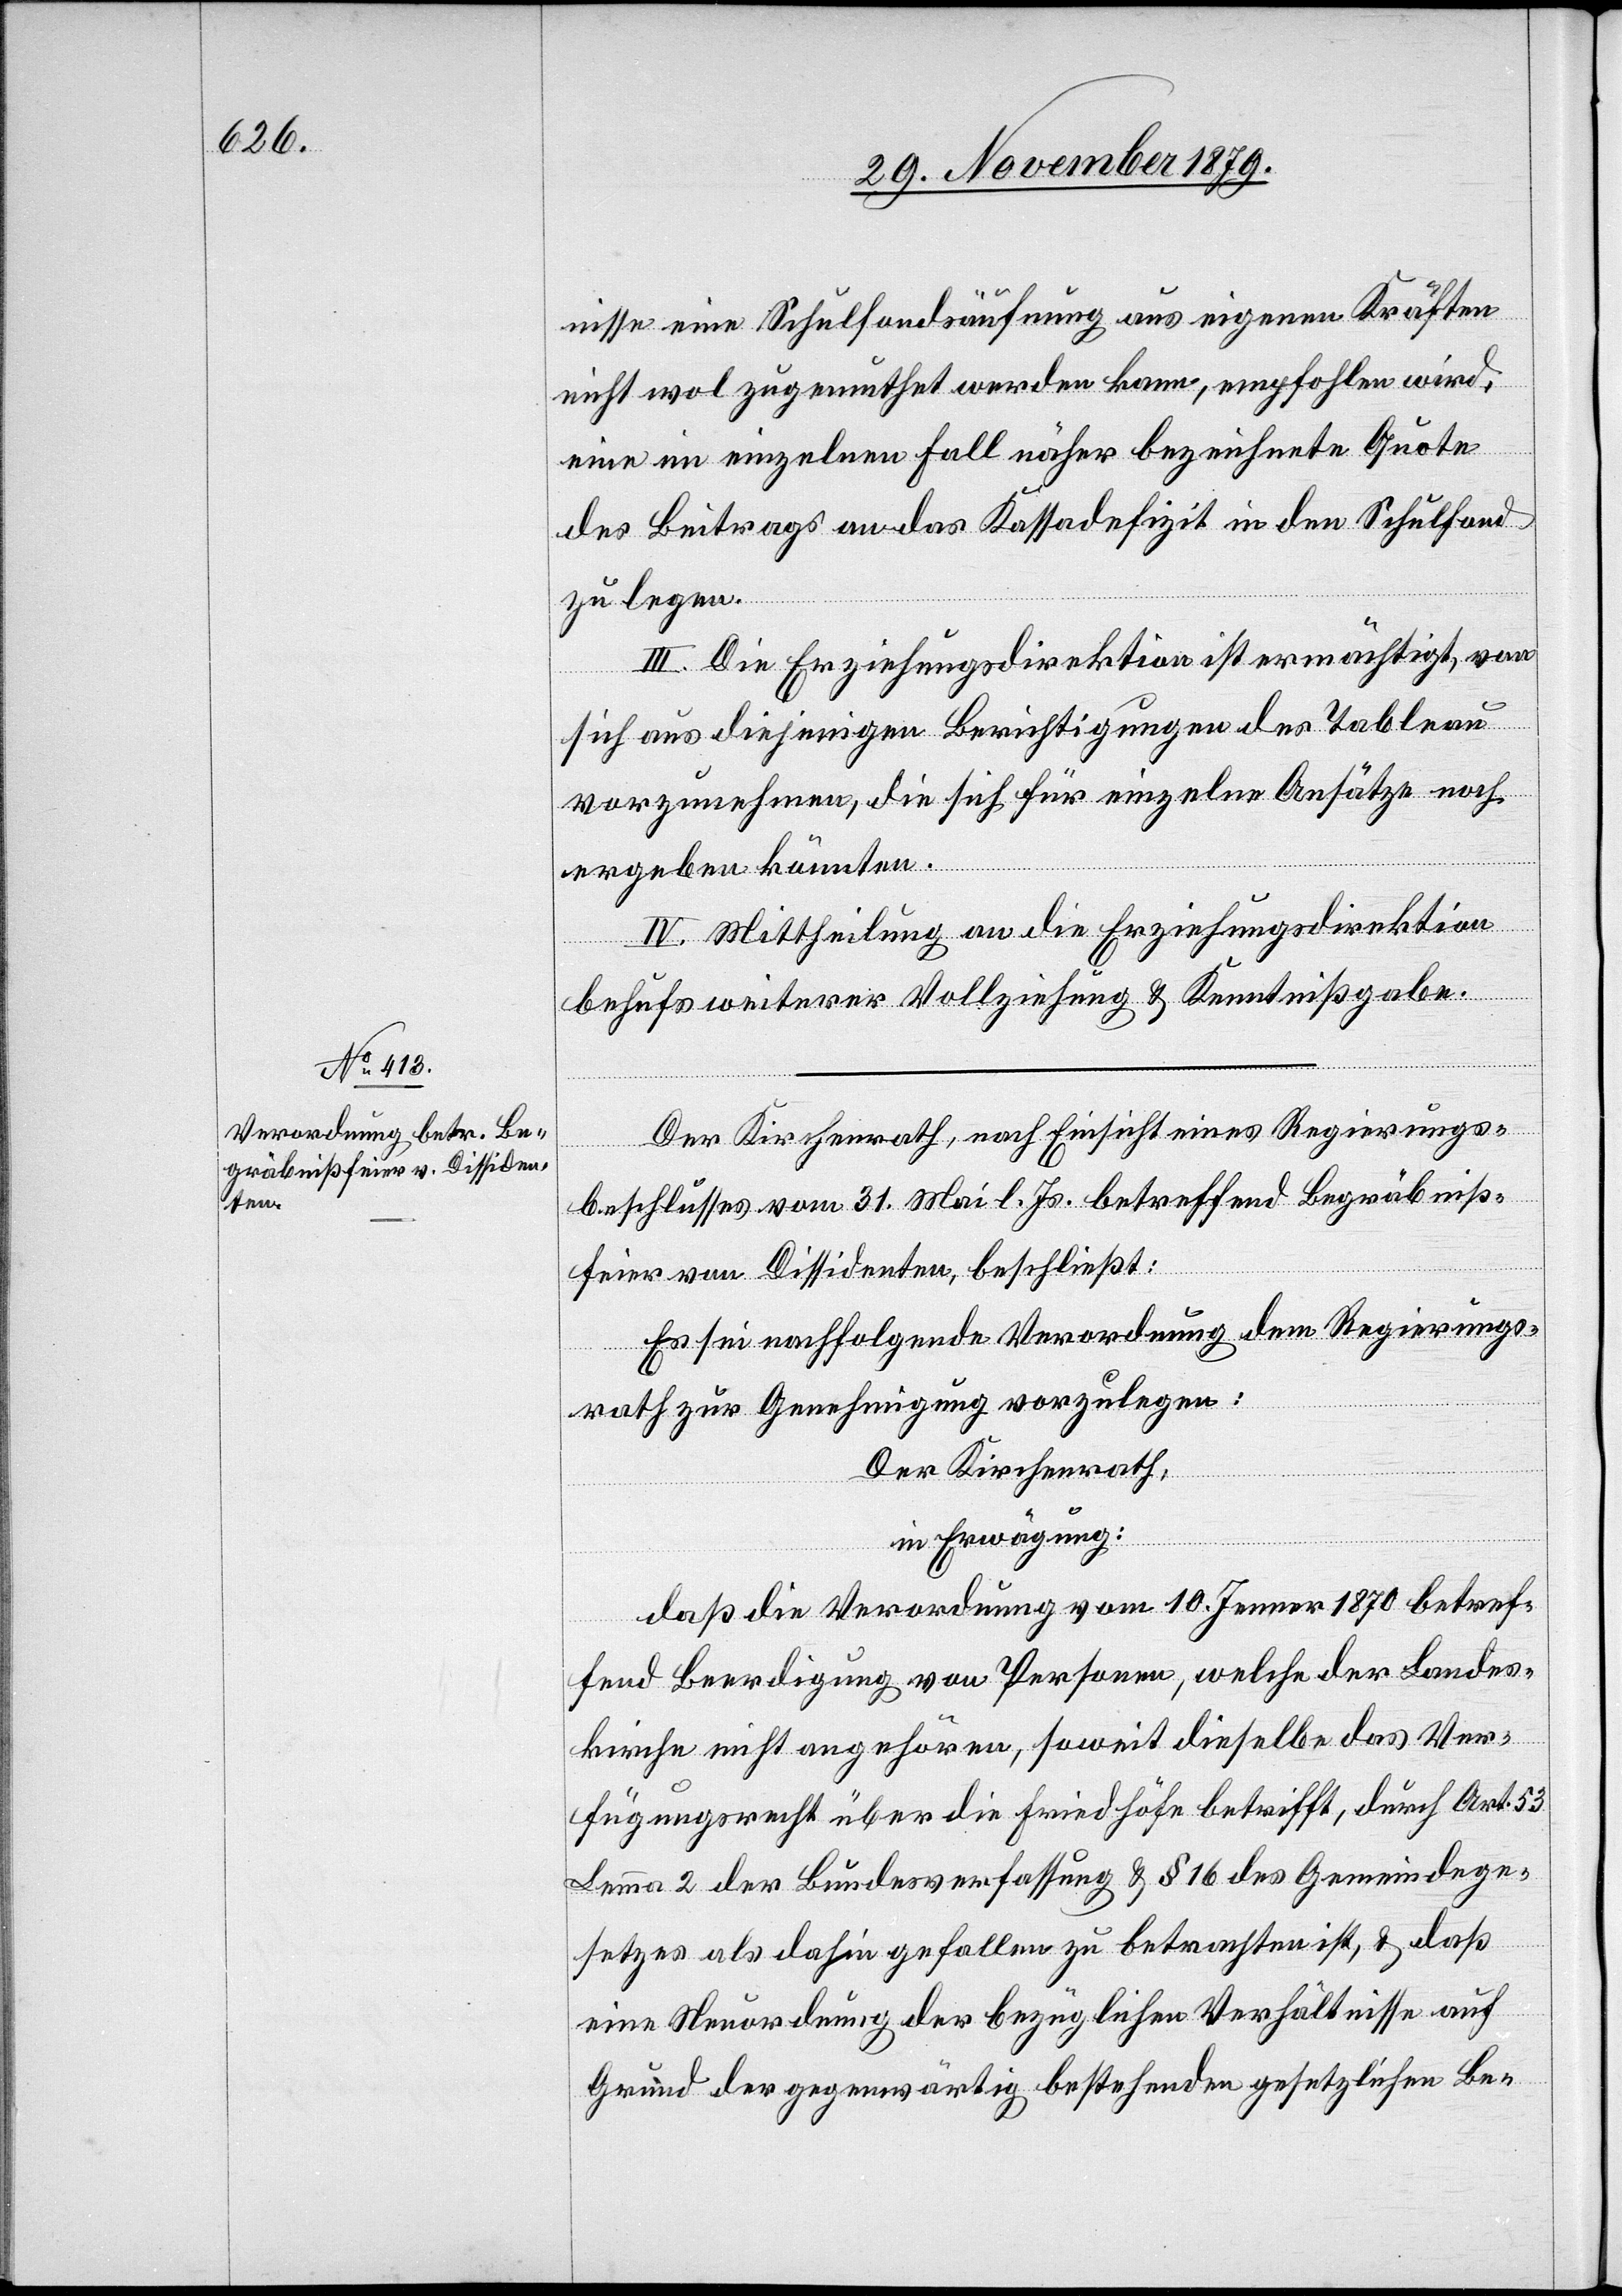
nisse eine Schulfondsäufnung aus eigenen Kräften
nicht wol zugemuthet werden kann, empfohlen wird,
eine im einzelnen Fall näher bezeichnete Quote
des Beitrags an das Kassadefizit in den Schulfonds
zu legen.
III. Die Erziehungsdirektion ist ermächtigt, von
sich aus diejenigen Berichtigungen der Tableau
vorzunehmen, die sich für einzelne Ansätze noch
ergeben könnten.
IV. Mittheilung an die Erziehungsdirektion
behufs weiterer Vollziehung & Kenntnißgabe.
Der Kirchenrath, nach Einsicht eines Regierungs¬
beschlusses vom 31. Mai l. Js. betreffend Begräbniß¬
feier von Dissidenten, beschließt:
Es sei nachfolgende Verordnung dem Regierungs¬
rath zur Genehmigung vorzulegen:
Der Kirchenrath,
in Erwägung:
daß die Verordnung vom 10. Jenner 1870 betref¬
fend Beerdigung von Personen, welche der Landes¬
kirche nicht angehören, soweit dieselbe das Ver¬
fügungsrecht über die Friedhöfe betrifft, durch Art. 52
Lemma 2 der Bundesverfassung & § 16 des Gemeindege¬
setzes als dahin gefallen zu betrachten ist, & daß
eine Neuordnung der bezüglichen Verhältnisse auf
Grund der gegenwärtig bestehenden gesetzlichen Be-